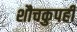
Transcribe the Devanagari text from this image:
शौचकुपही